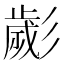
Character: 𢒱